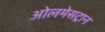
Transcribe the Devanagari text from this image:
ओलमेसट्रान